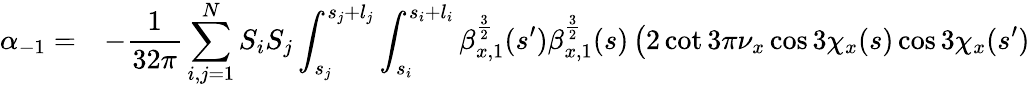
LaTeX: \begin{array}{cl}{\displaystyle\alpha_{-1}=}&{\displaystyle-\frac{1}{32\pi}\sum_{i,j=1}^{N}{S_{i}S_{j}\int_{s_{j}}^{s_{j}+l_{j}}\int_{s_{i}}^{s_{i}+l_{i}}{\beta_{x,1}^{\frac{3}{2}}(s^{\prime})\beta_{x,1}^{\frac{3}{2}}(s)\left(2\cot{3\pi\nu_{x}}\cos{3\chi_{x}(s)}\cos{3\chi_{x}(s^{\prime})}\right.}}}\end{array}